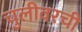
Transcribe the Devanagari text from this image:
चुलीवरची